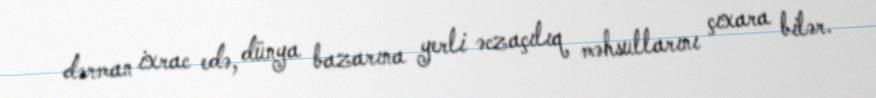
dərman ixrac edə, dünya bazarına yerli əczaçılıq məhsullarını çıxara bilər.